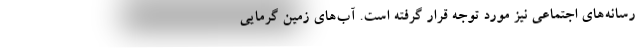
رسانه‌های اجتماعی نیز مورد توجه قرار گرفته است. آب‌های زمین گرمایی